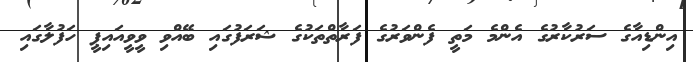
އިންޑިއާގެ ސަރުކާރުގެ އެންމެ މަތީ ފެންވަރުގެ ފަރާތްތަކުގެ ޝަރަފުގައި ބޭއްވި ވީވީއައިޕީ ހަފުލާގައި